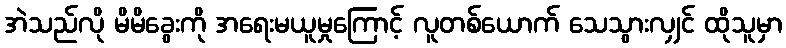
အဲသည်လို မိမိခွေးကို အရေးမယူမှုကြောင့် လူတစ်ယောက် သေသွားလျှင် ထိုသူမှာ